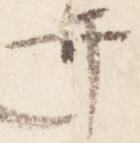
弁